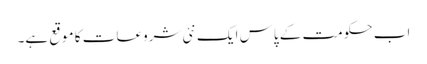
اب حکومت کے پاس ایک نئی شروعات کا موقع ہے۔